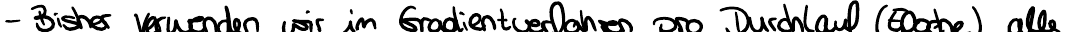
- Bisher verwenden wir im Gradientenverfahren pro Durchlauf (Epoche) alle